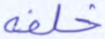
خلفه